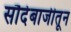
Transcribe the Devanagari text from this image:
सौदेबाजीतून